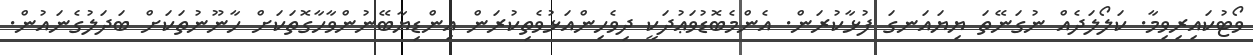
ވޯޓުކައިރިވިމާ. ކަލޯލަދެއް ނުގަނޭތަ ޔިޔައަނގަ ފުޅާކުރަން. އެންމެބޮޑުވަޢުދަކީ ދިވެހިންއަޅުވެތިކުރަން އިންޑިޔާބޭނުންވާހާގޮތަކަށް ހާނޫނުތަކަށް ބަދަލުގެނައުން.